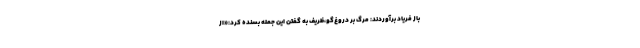
باز فریاد برآوردند: مرگ بر دروغ‌گو،ظریف به گفتن این جمله بسنده کرد:«از